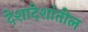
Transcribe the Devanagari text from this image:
देशादेशांतील